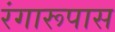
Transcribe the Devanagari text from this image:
रंगारूपास